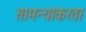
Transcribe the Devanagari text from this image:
सामन्यांकरता